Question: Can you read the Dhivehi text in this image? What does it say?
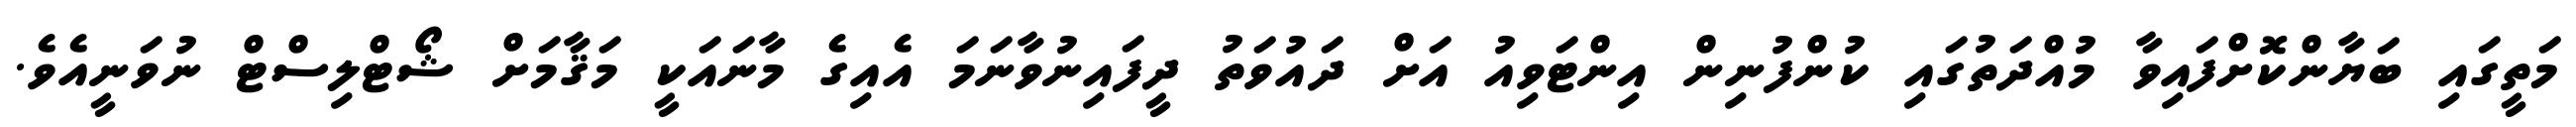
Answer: މަތީގައި ބަޔާންކޮށްފައިވާ މުއްދަތުގައި ކުންފުނިން އިންޓަވިއު އަށް ދައުވަތު ދީފައިނުވާނަމަ އެއިގެ މާނައަކީ މަޤާމަށް ޝޯޓްލިސްޓް ނުވަނީއެވެ.